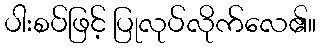
ပါးစပ်ဖြင့် ပြုလုပ်လိုက်လေ၏။